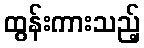
ထွန်းကားသည့်